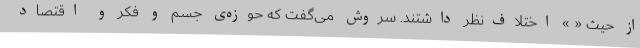
از حیث « » اختلاف‌نظر داشتند. سروش می‌گفت که حوزه‌ی جسم و فکر و اقتصاد